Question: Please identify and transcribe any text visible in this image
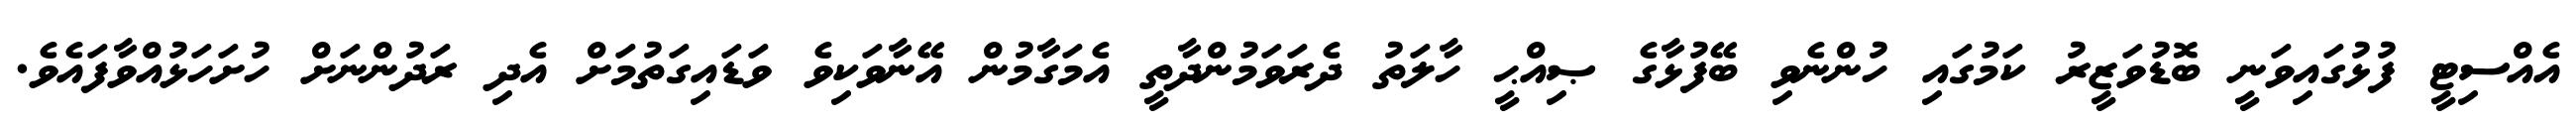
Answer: އެއްސިޓީ ފުޅުގައިވަނީ ބޮޑުވަޒީރު ކަމުގައި ހުންނެވި ބޭފުޅާގެ ޞިއްޙީ ހާލަތު ދެރަވަމުންދާތީ އެމަގާމުން އޭނާވަކިވެ ވަޑައިގަތުމަށް އެދި ރަދުންނަށް ހުށަހަޅުއްވާފައެވެ.